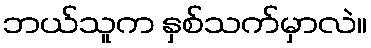
ဘယ်သူက နှစ်သက်မှာလဲ။